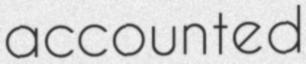
accounted